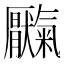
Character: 𫨥